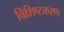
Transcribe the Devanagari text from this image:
विशिष्टकरण